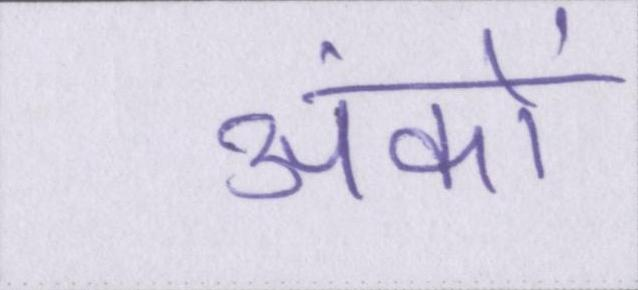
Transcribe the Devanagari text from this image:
अंकों